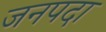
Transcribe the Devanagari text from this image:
जनपदा